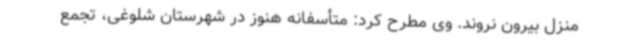
منزل بیرون نروند. وی مطرح کرد: متأسفانه هنوز در شهرستان شلوغی، تجمع